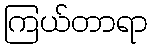
ကြယ်တာရာ